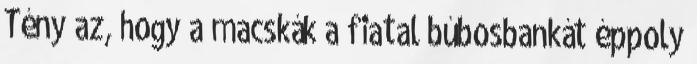
Tény az, hogy a macskák a fiatal búbosbankát éppoly